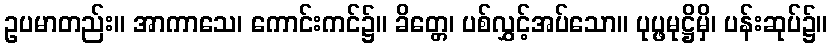
ဥပမာတည်း။ အာကာသေ၊ ကောင်းကင်၌။ ခိတ္တေ၊ ပစ်လွှင့်အပ်သော။ ပုပ္ဖမုဋ္ဌိမှိ၊ ပန်းဆုပ်၌။